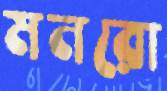
মনরো